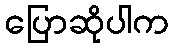
ပြောဆိုပါက